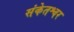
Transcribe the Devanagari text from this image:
संकेतश्वर